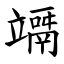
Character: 竵